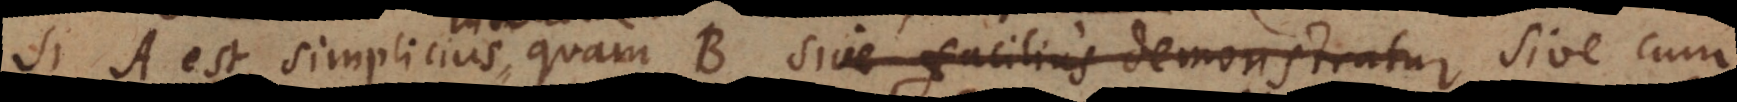
si A est simplicius quam B sive facilius demonstratur